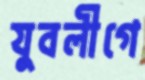
যুবলীগে